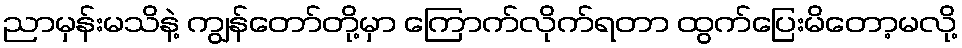
ညာမှန်းမသိနဲ့ ကျွန်တော်တို့မှာ ကြောက်လိုက်ရတာ ထွက်ပြေးမိတော့မလို့